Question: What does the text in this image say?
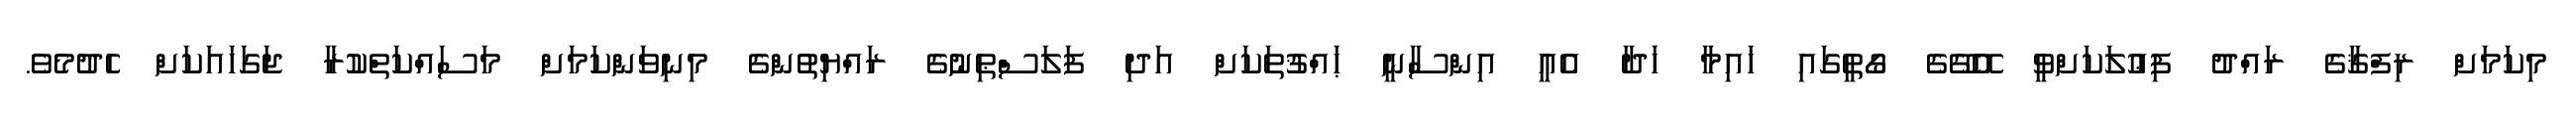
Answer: މިކަމަށް ރިފްޤާގެ ރައްދު ފިޢުލަކަށްވީ އޭގޭގެ ގޯތީގައި ޚައިމާ ހަދާ އެއީ އިންސާނީ ޙައްޤުތަކަށް އަދި ފަލަސްޠިނުގެ ރައްޔިތުންގެ މިނިވަންކަމަށް މަސައްކަތްކުރާ ޖަގަހައަކަށް ހެދުމެވެ.